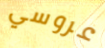
عروسي